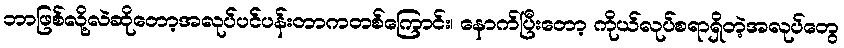
ဘာဖြစ်လို့လဲဆိုတော့အလုပ်ပင်ပန်းတာကတစ်ကြောင်း၊ နောက်ပြီးတော့ ကိုယ်လုပ်စရာရှိတဲ့အလုပ်တွေ